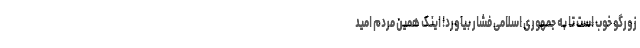
زورگو خوب است تا به جمهوری اسلامی فشار بیاورد! اینک همین مردم امید